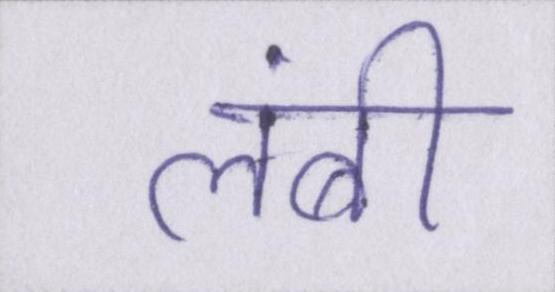
लंबी